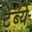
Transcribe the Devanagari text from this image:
टेंब्ये